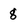
Character: 8